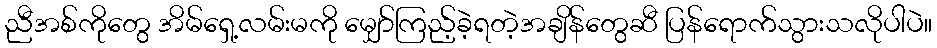
ညီအစ်ကိုတွေ အိမ်ရှေ့လမ်းမကို မျှော်ကြည့်ခဲ့ရတဲ့အချိန်တွေဆီ ပြန်ရောက်သွားသလိုပါပဲ။